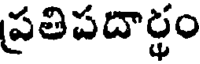
ప్రతిపదార్థం